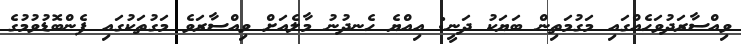
ވިއްސާރަދުވަހެއްގައި މަގުމަތިން ބަޔަކު ދަނީ: އިއްޔެ ހެނދުނު މާލެއަށް ވިއްސާރަވެ މަގުތަކުގައި ފެންބޮޑުވުމުގެ